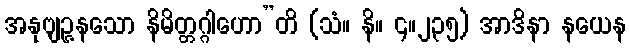
အနုဗျဉ္ဇနသော နိမိတ္တဂ္ဂါဟော”တိ (သံ။ နိ။ ၄။၂၃၅) အာဒိနာ နယေန